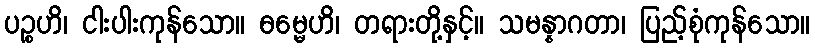
ပဉ္စဟိ၊ ငါးပါးကုန်သော။ ဓမ္မေဟိ၊ တရားတို့နှင့်။ သမန္နာဂတာ၊ ပြည့်စုံကုန်သော။